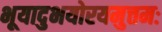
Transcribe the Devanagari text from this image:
भूयादुभयोरयमुत्तमः